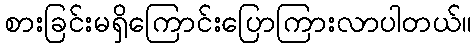
စားခြင်းမရှိကြောင်းပြောကြားလာပါတယ်။